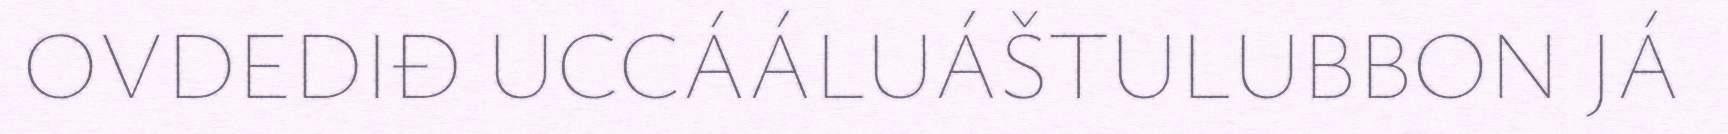
OVDEDIĐ UCCÁÁLUÁŠTULUBBON JÁ